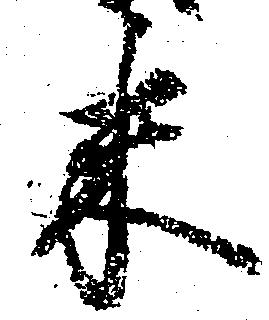
米